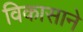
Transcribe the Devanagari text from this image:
विकासाने